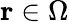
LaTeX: \mathbf{r}\in\Omega